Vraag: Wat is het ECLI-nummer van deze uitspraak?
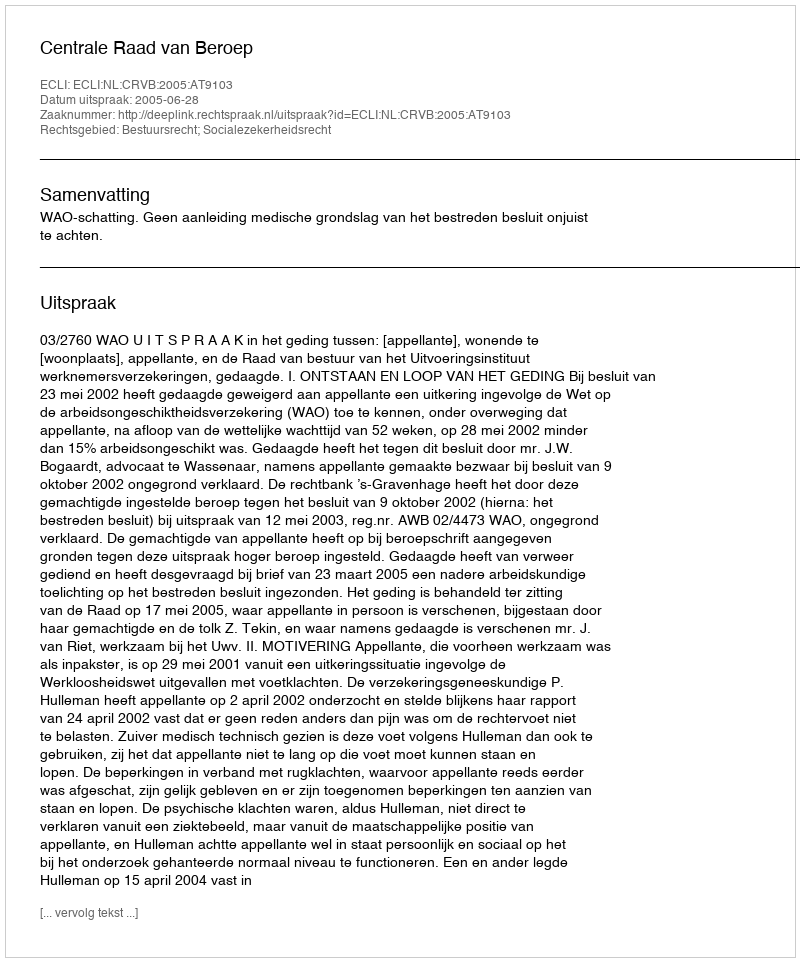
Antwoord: ECLI:NL:CRVB:2005:AT9103